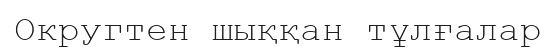
Округтен шыққан тұлғалар